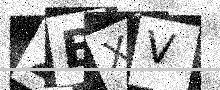
Text: 2BXV